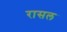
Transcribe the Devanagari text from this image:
रासल